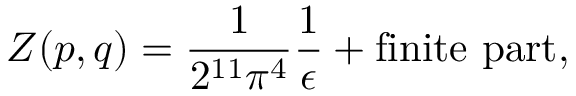
{ \cal Z } ( p , q ) = \frac { 1 } { 2 ^ { 1 1 } \pi ^ { 4 } } \frac { 1 } { \epsilon } + \mathrm { f i n i t e ~ p a r t } ,